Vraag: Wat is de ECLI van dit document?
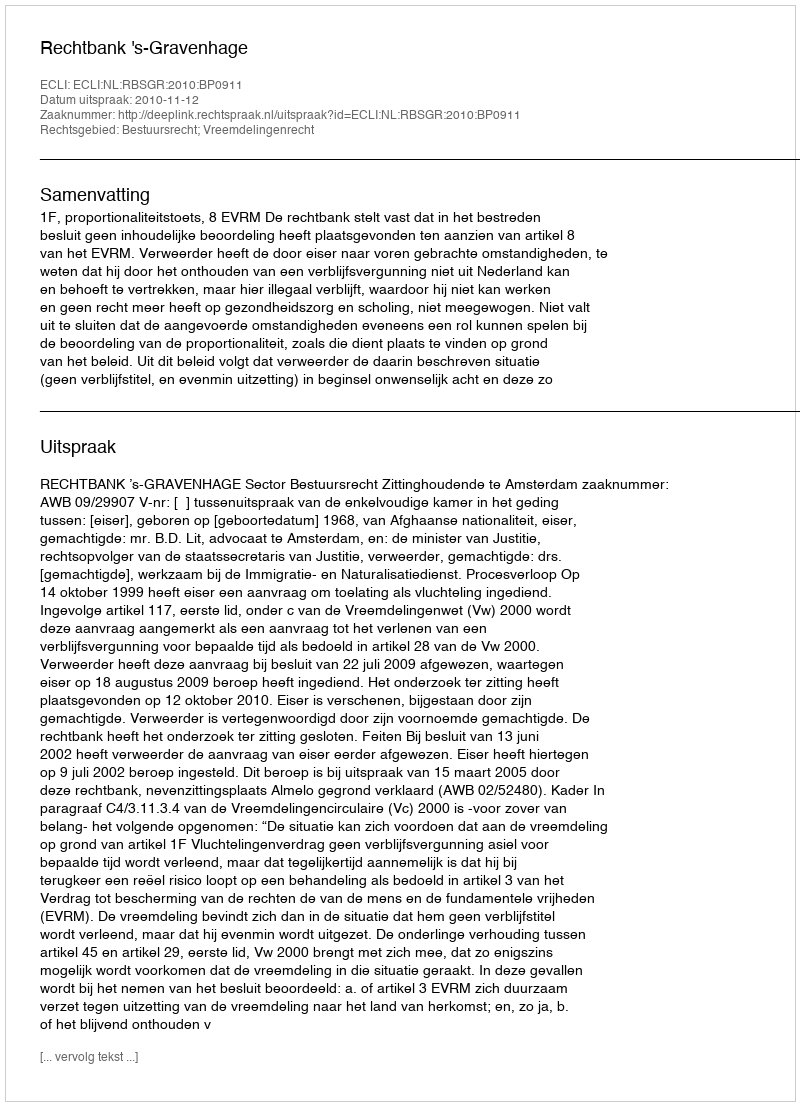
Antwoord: ECLI:NL:RBSGR:2010:BP0911